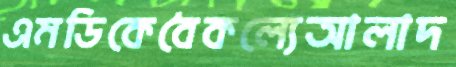
এমডিকেবৈকল্যেআলাদ